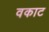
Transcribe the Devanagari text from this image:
वकाट